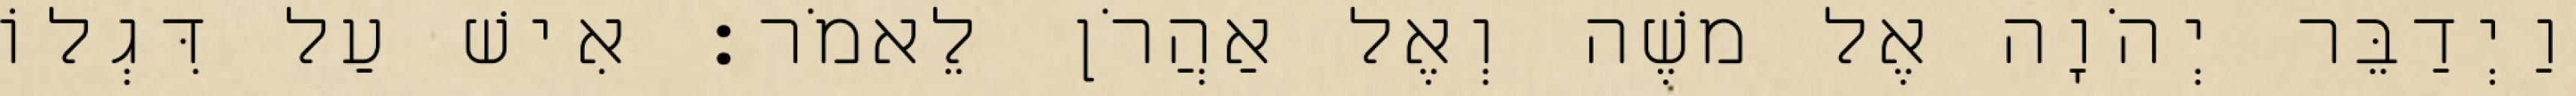
וַיְדַבֵּר יְהֹוָה אֶל משֶׁה וְאֶל אַהֲרֹן לֵאמֹר׃ אִישׁ עַל דִּגְלוֹ